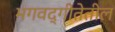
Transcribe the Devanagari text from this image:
भगवद्गीतेतील